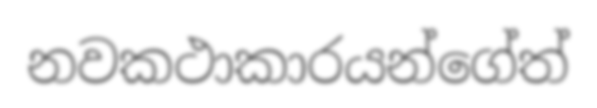
නවකථාකාරයන්ගේත්